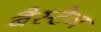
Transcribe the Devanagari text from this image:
बैस्टेन